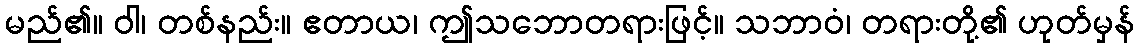
မည်၏။ ဝါ၊ တစ်နည်း။ ဧတာယ၊ ဤသဘောတရားဖြင့်။ သဘာဝံ၊ တရားတို့၏ ဟုတ်မှန်